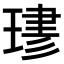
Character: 𤧎